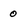
Character: 0